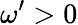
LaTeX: \omega^{\prime}>0